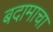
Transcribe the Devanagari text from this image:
बदामाचा